Indian journal of veterinary science and animal husbandry - Volume 8,
Year: 1938
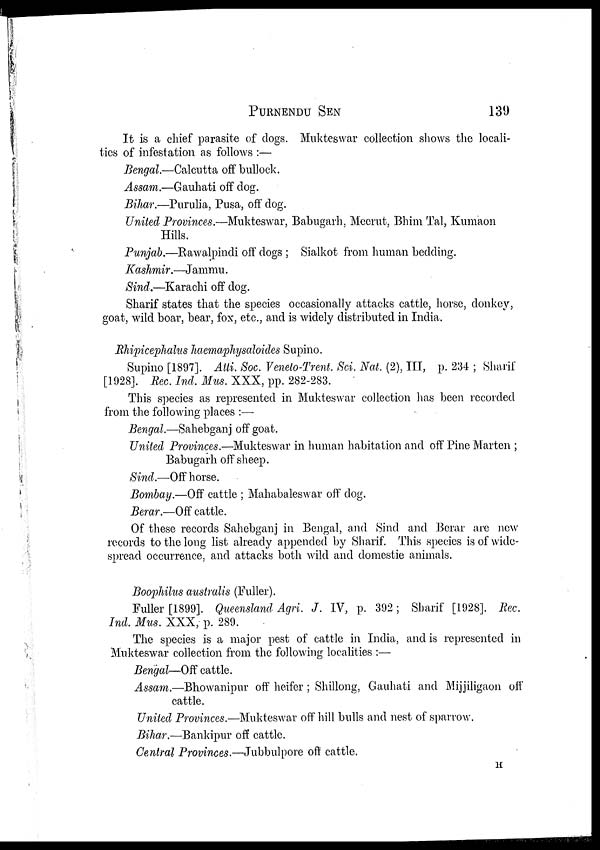
PURNENDU
SEN
139
It is a chief parasite of dogs. Mukteswar collection shows the locali-
ties of infestation as follows :—
Bengal.—Calcutta off bullock.
Assam.—Gauhati off dog.
Bihar.—Purulia, Pusa, off dog.
United Provinces.—Mukteswar, Babugarh, Meerut, Bhim Tal, Kumaon
Hills.
Punjab.—Rawalpindi off dogs ; Sialkot from human bedding.
Kashmir.—Jammu.
Sind.—Karachi off dog.
Sharif states that the species occasionally attacks cattle, horse, donkey,
goat, wild boar, bear, fox, etc., and is widely distributed in India.
Rhipicephalus haemaphysaloides Supino.
Supino [1897]. Atti. Soc. Veneto-Trent. Sci. Nat. (2), III, p. 234 ; Sharif
[1928]. Rec. Ind. Mus. XXX, pp. 282-283.
This species as represented in Mukteswar collection has been recorded
from the following places :—
Bengal.—Sahebganj off goat.
United Provinces.—Mukteswar in human habitation and off Pine Marten ;
Babugarh off sheep.
Sind.—Off horse.
Bombay.—Off cattle ; Mahabaleswar off dog.
Berar.—Off cattle.
Of these records Sahebganj in Bengal, and Sind and Berar are new
records to the long list already appended by Sharif. This species is of wide-
spread occurrence, and attacks both wild and domestie animals.
Boophilus australis (Fuller).
Fuller [1899]. Queensland Agri. J. IV, p. 392; Sharif [1928]. Rec.
Ind. Mus. XXX, p. 289.
The species is a major pest of cattle in India, and is represented in
Mukteswar collection from the following localities :—
Bengal—Off cattle.
Assam.—Bhowanipur off heifer ; Shillong, Gauhati and Mijjiligaon off
cattle.
United Provinces.—Mukteswar off hill bulls and nest of sparrow.
Bihar.—Bankipur off cattle.
Central Provinces.—Jubbulpore off cattle.
H